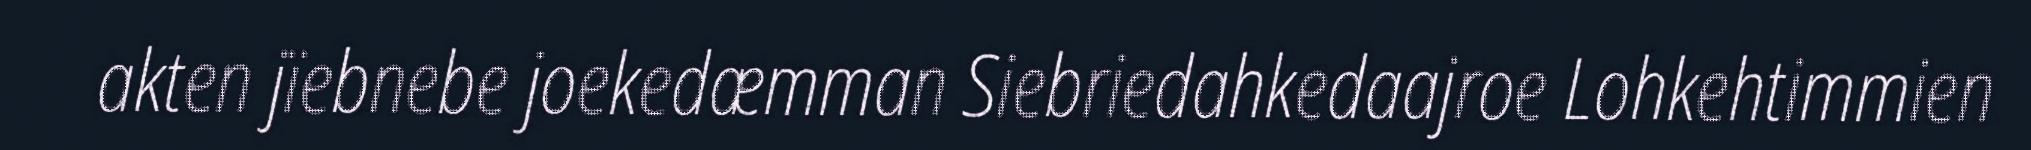
akten jïebnebe joekedæmman Siebriedahkedaajroe Lohkehtimmien